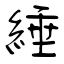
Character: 綞